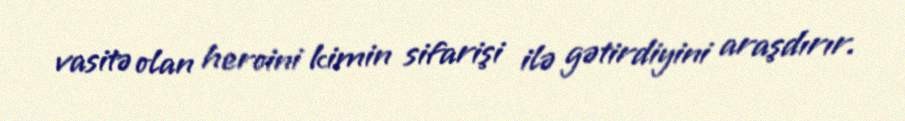
vasitə olan heroini kimin sifarişi ilə gətirdiyini araşdırır.